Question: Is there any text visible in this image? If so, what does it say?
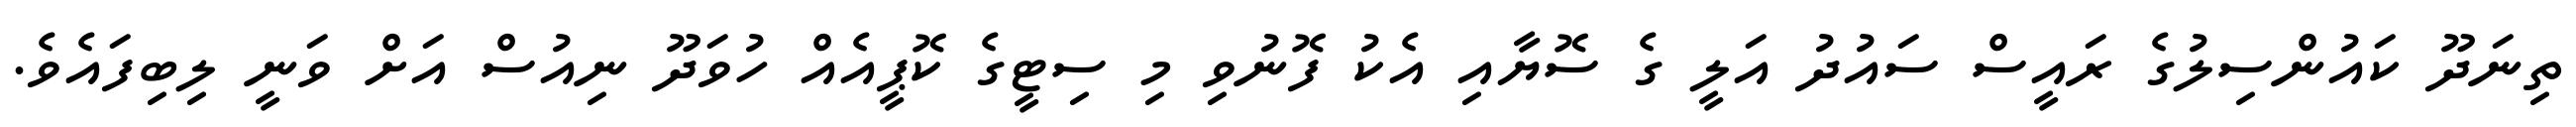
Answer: ތިނަދޫ ކައުންސިލުގެ ރައީސް ސައުދު އަލީ ގެ ސޮޔާއި އެކު ފޮނުވި މި ސިޓީގެ ކޮޕީއެއް ހުވަދޫ ނިއުސް އަށް ވަނީ ލިބިފައެވެ.